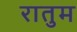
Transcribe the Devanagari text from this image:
रातुम